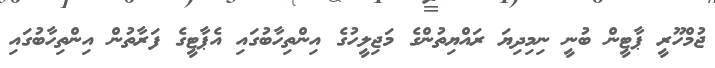
ޖުމްހޫރީ ޕާޓީން ބުނީ ނިމިދިޔަ ރައްޔިތުންގެ މަޖިލީހުގެ އިންތިހާބުގައި އެޕާޓީގެ ފަރާތުން އިންތިހާބުގައި